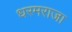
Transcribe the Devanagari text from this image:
धरमराजा